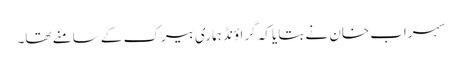
سہراب خان نے بتایا کہ گراؤنڈ ہماری بیرک کے سامنے تھا۔